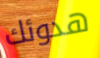
هدوئك